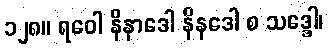
၁၂၈။ ရဝေါ နိနာဒေါ နိနဒေါ စ သဒ္ဒေါ၊